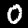
Digit: 0